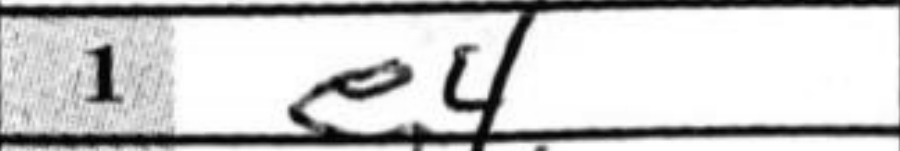
Transcription: e4